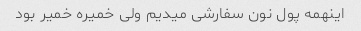
اینهمه پول نون سفارشی میدیم ولی خمیره خمیر بود